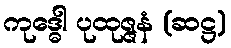
ကုဒ္ဓေါ ပုထုဇ္ဇနံ (ဆဋ္ဌ)